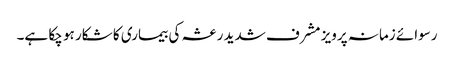
رسوائے زمانہ پرویز مشرف شدید رعشہ کی بیماری کا شکار ہو چکا ہے۔